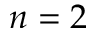
n = 2